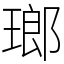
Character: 瑯